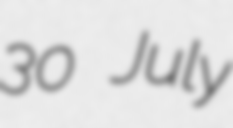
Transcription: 30 July